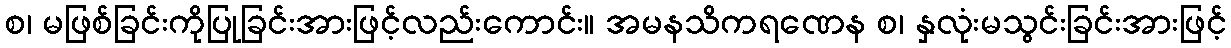
စ၊ မဖြစ်ခြင်းကိုပြုခြင်းအားဖြင့်လည်းကောင်း။ အမနသိကရဏေန စ၊ နှလုံးမသွင်းခြင်းအားဖြင့်